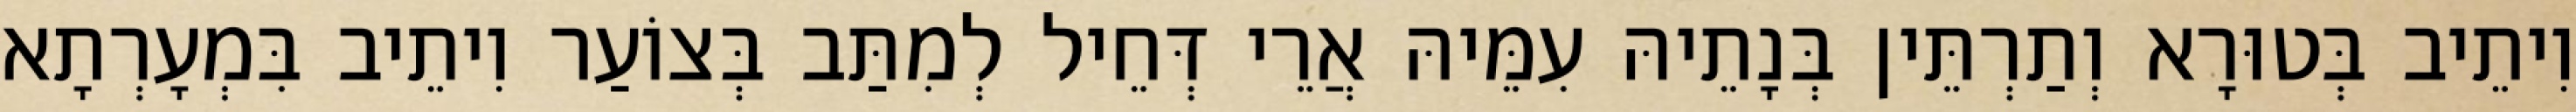
וִיתֵיב בְּטוּרָא וְתַרְתֵּין בְּנָתֵיהּ עִמֵּיהּ אֲרֵי דְּחֵיל לְמִתַּב בְּצוֹעַר וִיתֵיב בִּמְעָרְתָא